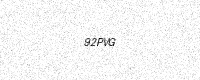
Text: 92PVG